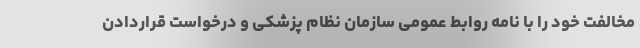
مخالفت خود را با نامه روابط عمومی سازمان نظام پزشکی و درخواست قراردادن